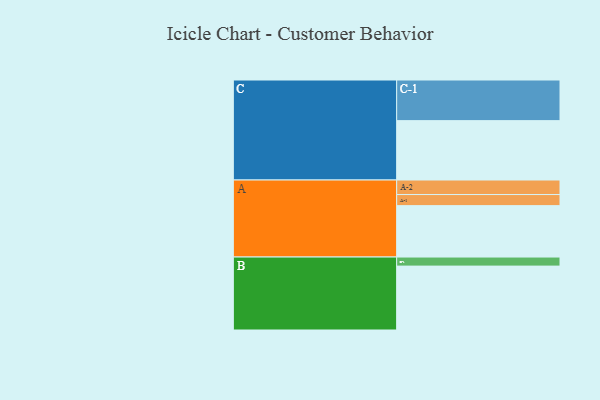
{"axis": {"x": "Segment", "y": "Value"}, "legend": ["", "A", "B", "C"], "data": [{"x": "A", "y": 329, "type": ""}, {"x": "B", "y": 409, "type": ""}, {"x": "C", "y": 380, "type": ""}, {"x": "A-1", "y": 71, "type": "A"}, {"x": "A-2", "y": 93, "type": "A"}, {"x": "B-1", "y": 58, "type": "B"}, {"x": "C-1", "y": 260, "type": "C"}]}